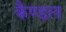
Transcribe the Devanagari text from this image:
कैण्डल